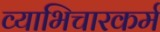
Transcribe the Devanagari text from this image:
व्याभिचारकर्म